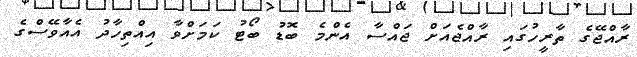
ރާއްޖޭގެ ތާރީހުގައި ރާއްޖެއަށް ޖައްސާ އެންމެ ބޮޑު ބޯޓު ކަމަށްވާ އިއްތިހާދު އެއާވޭސްގެ